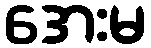
အေးမ